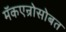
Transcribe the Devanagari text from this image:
मॅकएन्रोसोबत